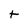
Character: t